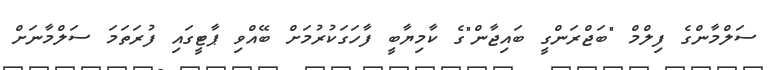
ސަލްމާންގެ ފިލްމް "ބަޖްރަންގީ ބައިޖާން"ގެ ކާމިޔާބީ ފާހަގަކުރުމަށް ބޭއްވި ޕާޓީގައި ފުރަތަމަ ސަލްމާނަށް